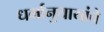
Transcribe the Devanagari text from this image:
धर्मानुयायांचे